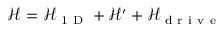
\mathcal { H } = \mathcal { H } _ { \mathrm { ~ 1 ~ D ~ } } + \mathcal { H } ^ { \prime } + \mathcal { H } _ { \mathrm { ~ d ~ r ~ i ~ v ~ e ~ } }